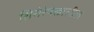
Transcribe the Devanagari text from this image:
शिरोरेषेखालील